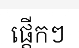
ផ្តើកៗ